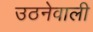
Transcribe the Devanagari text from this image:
उठनेवाली